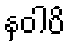
နဝါပိ